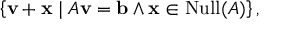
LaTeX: \left\{ \mathbf { v } + \mathbf { x } \mid A \mathbf { v } = \mathbf { b } \land \mathbf { x } \in \operatorname { N u l l } ( A ) \right\} ,